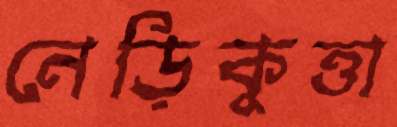
নেড়িকুত্তা